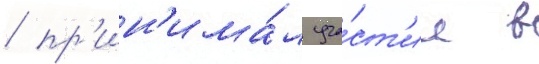
/ пр'ин'има́л уча́ст'ие в